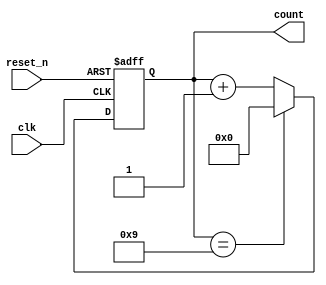
module BCD_Asynchronous_Counter (
    input wire clk,            // Clock input
    input wire reset_n,       // Active-low asynchronous reset
    output reg [3:0] count    // 4-bit BCD output
);

    // Asynchronous reset and counting logic
    always @(posedge clk or negedge reset_n) begin
        if (!reset_n) begin
            count <= 4'b0000;  // Reset the counter to 0
        end else begin
            if (count == 4'b1001) begin
                count <= 4'b0000;  // Reset to 0 when reaching 10
            end else begin
                count <= count + 1; // Increment the counter
            end
        end
    end

endmodule